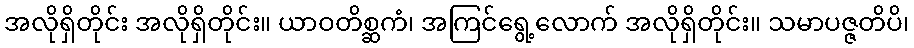
အလိုရှိတိုင်း အလိုရှိတိုင်း။ ယာဝတိစ္ဆကံ၊ အကြင်ရွေ့လောက် အလိုရှိတိုင်း။ သမာပဇ္ဇတိပိ၊